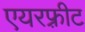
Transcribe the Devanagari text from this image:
एयरफ़्रीट